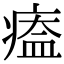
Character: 𤸙